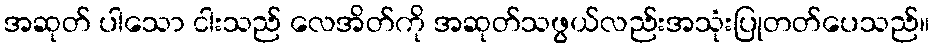
အဆုတ် ပါသော ငါးသည် လေအိတ်ကို အဆုတ်သဖွယ်လည်းအသုံးပြုတတ်ပေသည်။